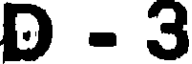
D - 3